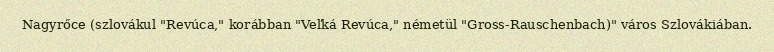
Nagyrőce (szlovákul "Revúca," korábban "Veľká Revúca," németül "Gross-Rauschenbach)" város Szlovákiában.